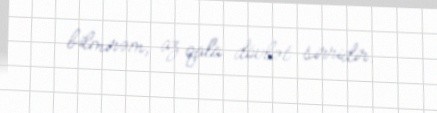
bilmirəm, az qala dövlət sirridir.